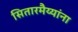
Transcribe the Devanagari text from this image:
सितारमैय्यांना